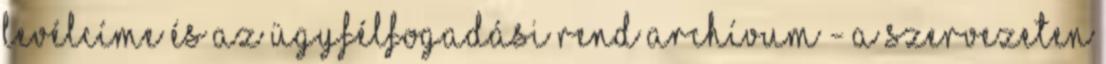
levélcíme és az ügyfélfogadási rend ARCHÍVUM - A szervezeten